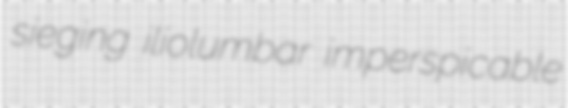
sieging iliolumbar imperspicable